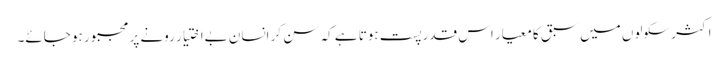
اکثر سکولوں میں سبق کا معیار اس قدر پست ہوتا ہے کہ سن کر انسان بےاختیار رونے پر مجبور ہو جائے۔